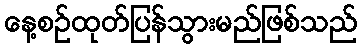
နေ့စဉ်ထုတ်ပြန်သွားမည်ဖြစ်သည်